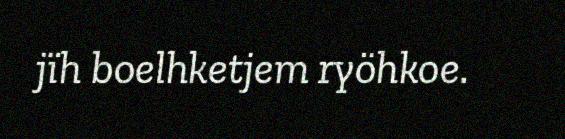
jïh boelhketjem ryöhkoe.